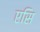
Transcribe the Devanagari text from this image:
एसि